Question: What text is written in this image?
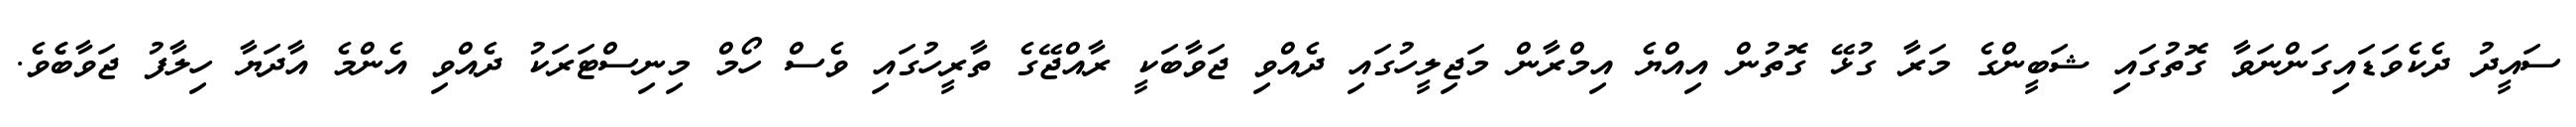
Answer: ސައީދު ދެކެވަޑައިގަންނަވާ ގޮތުގައި ޝަބީންގެ މަރާ ގުޅޭ ގޮތުން އިއްޔެ އިމްރާން މަޖިލީހުގައި ދެއްވި ޖަވާބަކީ ރާއްޖޭގެ ތާރީހުގައި ވެސް ހޯމް މިނިސްޓަރަކު ދެއްވި އެންމެ އާދަޔާ ހިލާފު ޖަވާބެެވެ.